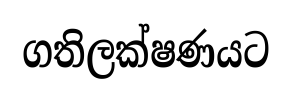
ගතිලක්ෂණයට